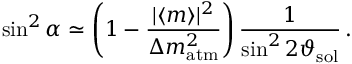
\sin ^ { 2 } \alpha \simeq \left( 1 - \frac { | \langle m \rangle | ^ { 2 } } { \Delta { m } _ { \mathrm { a t m } } ^ { 2 } } \right) \frac { 1 } { \sin ^ { 2 } 2 \vartheta _ { \mathrm { s o l } } } \, .